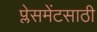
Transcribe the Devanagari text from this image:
प्लेसमेंटसाठी